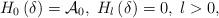
LaTeX: \begin{align*}H_{0}\left( \delta \right) =\mathcal{A}_{0},\;H_{l}\left( \delta \right)=0,\;l>0, \end{align*}